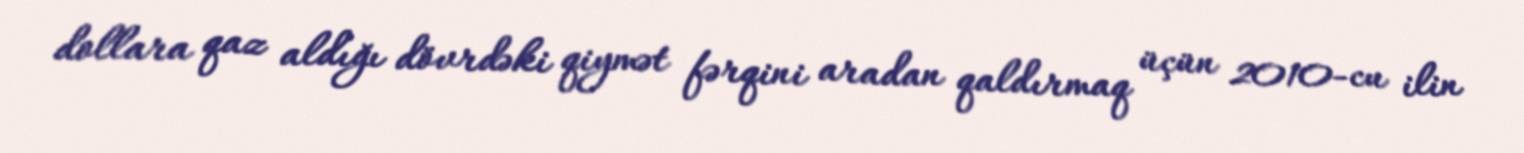
dollara qaz aldığı dövrdəki qiymət fərqini aradan qaldırmaq üçün 2010-cu ilin